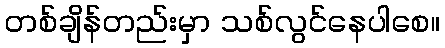
တစ်ချိန်တည်းမှာ သစ်လွင်နေပါစေ။